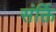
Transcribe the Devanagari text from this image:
संर्क्ति